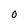
Character: 0